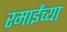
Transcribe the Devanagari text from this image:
रमाईंच्या